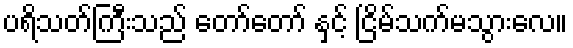
ပရိသတ်ကြီးသည် တော်တော် နှင့် ငြိမ်သက်မသွားလေ။